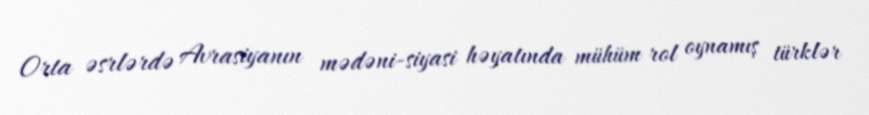
Orta əsrlərdə Avrasiyanın mədəni-siyasi həyatında mühüm rol oynamış türklər